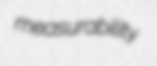
measurability